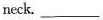
neck. ___